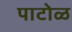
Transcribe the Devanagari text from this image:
पाटोळ